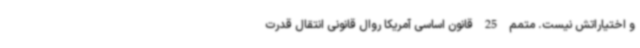
و اختیاراتش نیست. متمم 25 قانون اساسی آمریکا روال قانونی انتقال قدرت